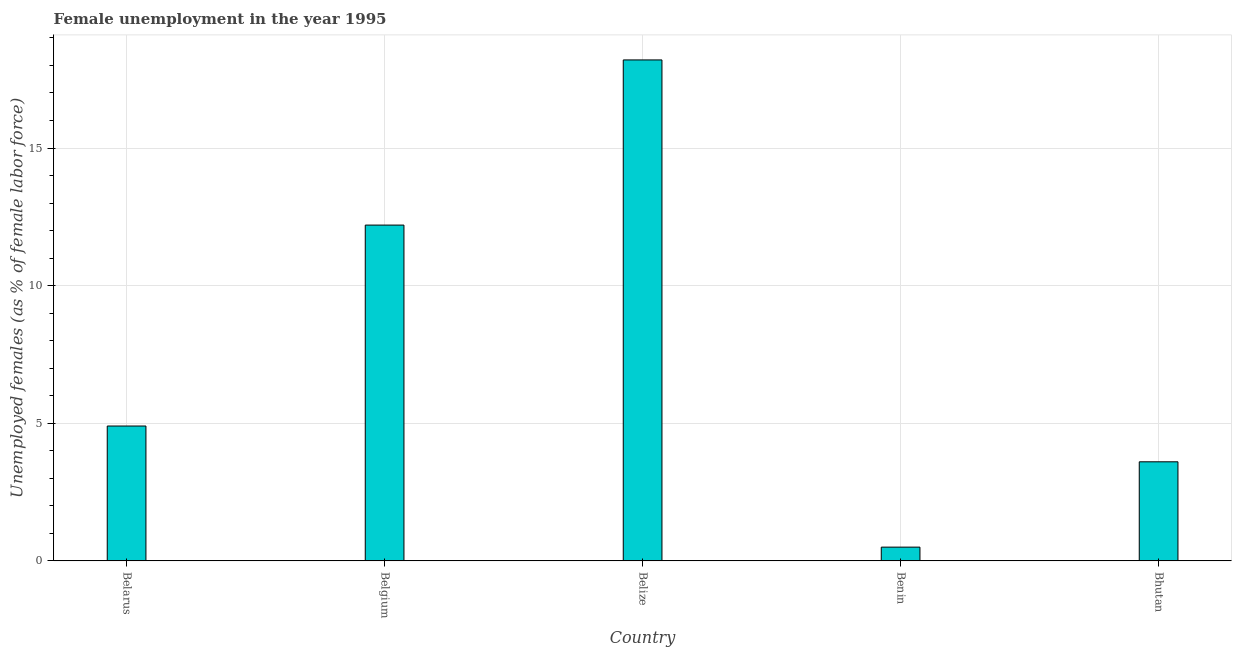
| Country | Unemployment |
 | --- | --- |
 | Belarus | 4.9 |
 | Belgium | 12.2 |
 | Belize | 18.2 |
 | Benin | 0.5 |
 | Bhutan | 3.6 |